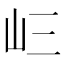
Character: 𭖁